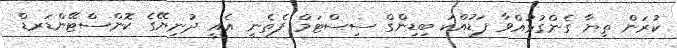
ކުރަން ތިޔާ ގެންގުޅުއްވާ ފަޑުއްކަ ބިޑިންގް ސިސްޓަމް ފެތެނީ އެއީ ދުނިޔޭގެ ކޮންސްޓޭންޑަރޑް